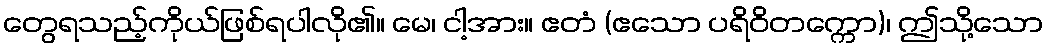
တွေရသည့်ကိုယ်ဖြစ်ရပါလို၏။ မေ၊ ငါ့အား။ ဧတံ (ဧသော ပရိဝိတက္ကော)၊ ဤသို့သော